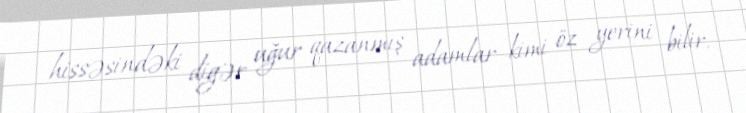
hissəsindəki digər uğur qazanmış adamlar kimi öz yerini bilir.